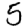
Digit: 5